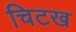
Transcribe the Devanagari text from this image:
चिटख